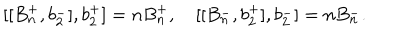
[ [ B _ { n } ^ { + } , b _ { 2 } ^ { - } ] , b _ { 2 } ^ { + } ] = n B _ { n } ^ { + } , \quad [ [ B _ { n } ^ { - } , b _ { 2 } ^ { + } ] , b _ { 2 } ^ { - } ] = n B _ { n } ^ { - } .